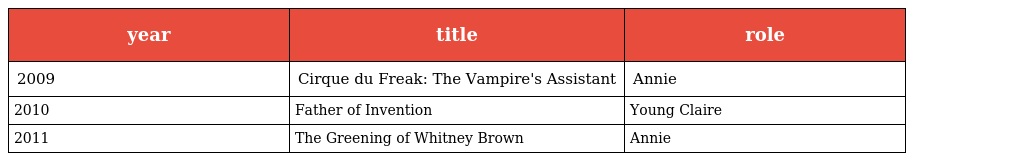
| year | title | role |
 | --- | --- | --- |
 | 2009 | Cirque du Freak: The Vampire's Assistant | Annie |
 | 2010 | Father of Invention | Young Claire |
 | 2011 | The Greening of Whitney Brown | Annie |